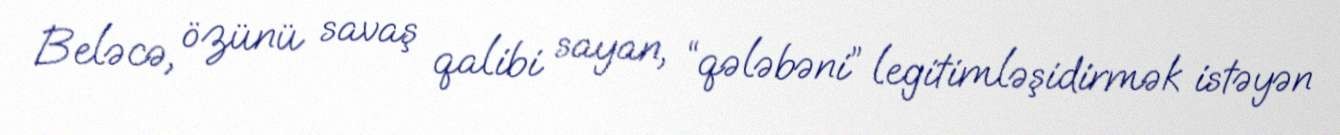
Beləcə, özünü savaş qalibi sayan, “qələbəni” legitimləşidirmək istəyən